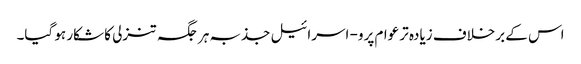
اس کے برخلاف زیادہ تر عوام پرو- اسرائیل جذبہ ہر جگہ تنزلی کا شکار ہو گیا۔